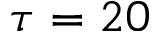
\tau = 2 0